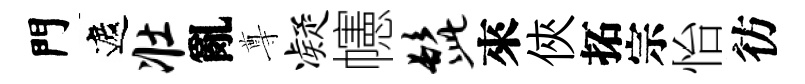
門遮壮亂尊凝幰髭來俠拓宗怡彷